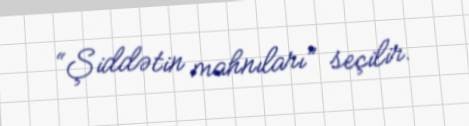
“Şiddətin mahnıları” seçilir.